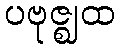
ပဗုဇ္ဈထ